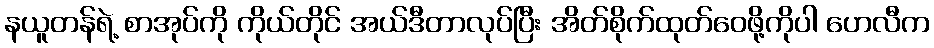
နယူတန်ရဲ့ စာအုပ်ကို ကိုယ်တိုင် အယ်ဒီတာလုပ်ပြီး အိတ်စိုက်ထုတ်ဝေဖို့ကိုပါ ဟေလီက